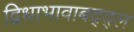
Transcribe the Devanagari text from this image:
द्विधाभावाबद्द्ल